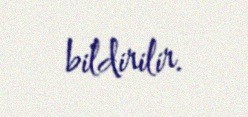
bildirilir.